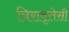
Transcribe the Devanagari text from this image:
त्रिरावृत्तेसी